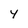
Character: Y